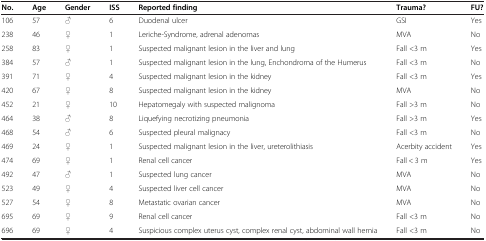
<table><thead><tr><td><b>No.</b></td><td><b>Age</b></td><td><b>Gender</b></td><td><b>ISS</b></td><td><b>Reported finding</b></td><td><b>Trauma?</b></td><td><b>FU?</b></td></tr></thead><tbody><tr><td>106</td><td>57</td><td>♂</td><td>6</td><td>Duodenal ulcer</td><td>GSI</td><td>Yes</td></tr><tr><td>238</td><td>46</td><td>♀</td><td>1</td><td>Leriche-Syndrome, adrenal adenomas</td><td>MVA</td><td>No</td></tr><tr><td>258</td><td>83</td><td>♀</td><td>1</td><td>Suspected malignant lesion in the liver and lung</td><td>Fall &lt;3 m</td><td>Yes</td></tr><tr><td>384</td><td>57</td><td>♂</td><td>1</td><td>Suspected malignant lesion in the lung, Enchondroma of the Humerus</td><td>Fall &lt;3 m</td><td>No</td></tr><tr><td>391</td><td>71</td><td>♀</td><td>4</td><td>Suspected malignant lesion in the kidney</td><td>Fall &lt;3 m</td><td>Yes</td></tr><tr><td>420</td><td>67</td><td>♀</td><td>8</td><td>Suspected malignant lesion in the kidney</td><td>MVA</td><td>No</td></tr><tr><td>452</td><td>21</td><td>♀</td><td>10</td><td>Hepatomegaly with suspected malignoma</td><td>Fall &gt;3 m</td><td>No</td></tr><tr><td>464</td><td>38</td><td>♂</td><td>8</td><td>Liquefying necrotizing pneumonia</td><td>Fall &gt;3 m</td><td>Yes</td></tr><tr><td>468</td><td>54</td><td>♂</td><td>6</td><td>Suspected pleural malignacy</td><td>Fall &lt;3 m</td><td>No</td></tr><tr><td>469</td><td>24</td><td>♀</td><td>1</td><td>Suspected malignant lesion in the liver, ureterolithiasis</td><td>Acerbity accident</td><td>Yes</td></tr><tr><td>474</td><td>69</td><td>♀</td><td>1</td><td>Renal cell cancer</td><td>Fall &lt; 3 m</td><td>Yes</td></tr><tr><td>492</td><td>47</td><td>♂</td><td>1</td><td>Suspected lung cancer</td><td>MVA</td><td>No</td></tr><tr><td>523</td><td>49</td><td>♀</td><td>4</td><td>Suspected liver cell cancer</td><td>MVA</td><td>No</td></tr><tr><td>527</td><td>54</td><td>♀</td><td>8</td><td>Metastatic ovarian cancer</td><td>MVA</td><td>No</td></tr><tr><td>695</td><td>69</td><td>♀</td><td>9</td><td>Renal cell cancer</td><td>Fall &lt;3 m</td><td>No</td></tr><tr><td>696</td><td>69</td><td>♀</td><td>4</td><td>Suspicious complex uterus cyst, complex renal cyst, abdominal wall hernia</td><td>Fall &lt;3 m</td><td>No</td></tr></tbody></table>